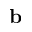
\mathbf { b }